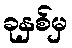
ခုနှစ်မှ